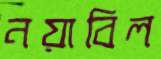
নয়াবিল